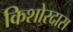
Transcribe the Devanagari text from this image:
किशोरदास